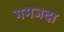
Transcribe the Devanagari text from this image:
गमजदा